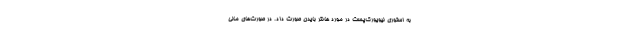
به استوری نیویورک‌‌پست در مورد هانتر بایدن صورت داد. در صورت‌های مالی